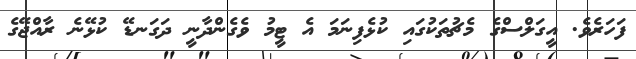
ފަހަރެވެ. އީގަލްސްގެ މެޗުތަކުގައި ކުޅެފިނަމަ އެ ޓީމު ވެގެންދާނީ ދަގަނޑޭ ކުޅޭނެ ރާއްޖޭގެ